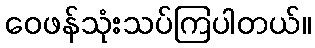
ဝေဖန်သုံးသပ်ကြပါတယ်။